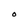
Character: O